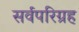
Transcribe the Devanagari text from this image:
सर्वपरिग्रह